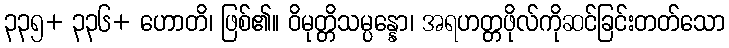
၃၃၅+ ၃၃၆+ ဟောတိ၊ ဖြစ်၏။ ဝိမုတ္တိသမ္ပန္နော၊ အရဟတ္တဖိုလ်ကိုဆင်ခြင်းတတ်သော